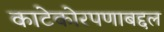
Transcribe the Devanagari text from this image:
काटेकोरपणाबद्दल